Report of the Indian Hemp Drugs Commission, 1894-1895 - Volume VII
Year: 1894
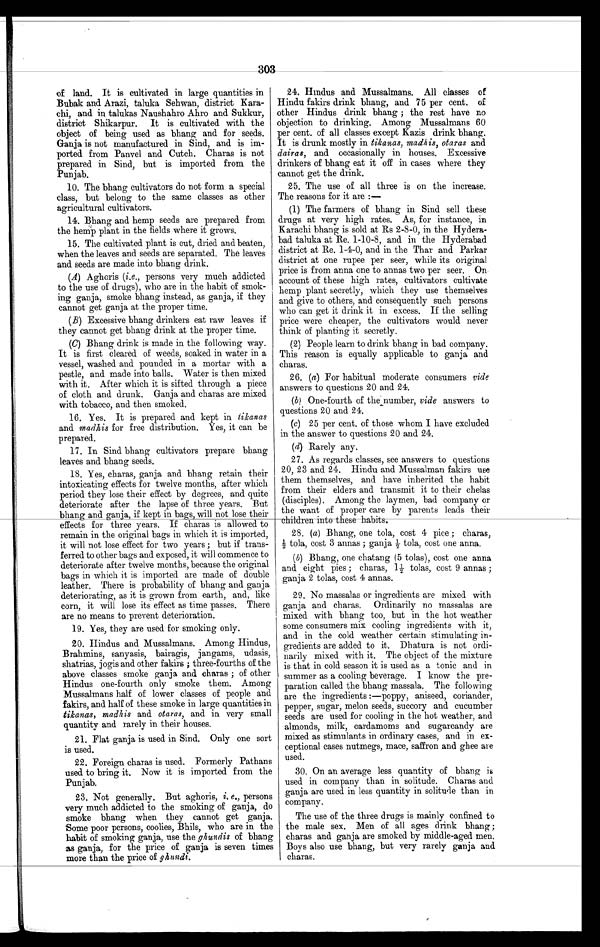
3 0 3
of land. It is cultivated in large quantities in
Bubak and Arazi, taluka Sehwan, district Kara-
chi, and in talukas Naushahro Ahro and Sukkur,
district Shikarpur. It is cultivated with the
object of being used as bhang and for seeds.
Ganja is not manufactured in Sind, and is im-
ported from Panvel and Cutch. Charas is not
prepared in Sind, but is imported from the
Punjab.
10. The bhang cultivators do not form a special
class, but belong to the same classes as other
agricultural cultivators.
14. Bhang and hemp seeds are prepared from
the hemp plant in the fields where it grows.
15. The cultivated plant is cut, dried and beaten,
when the leaves and seeds are separated. The leaves
and seeds are made into bhang drink.
(A) Aghoris (i.e., persons very much addicted
to the use of drugs), who are in the habit of smok-
ing ganja, smoke bhang instead, as ganja, if they
cannot get ganja at the proper time.
(B) Excessive bhang drinkers eat raw leaves if
they cannot get Chang drink at the proper time.
(C) Bhang drink is made in the following way.
It is first cleared of weeds, soaked in water in a
vessel, washed and pounded in a mortar with a
pestle, and made into balls. Water is then mixed
with it. After which it is sifted through a piece
of cloth and drunk. Ganja and charas are mixed
with tobacco, and then smoked.
16. Yes. It is prepared and kept in tikanas
and madhis for free distribution. Yes, it can be
prepared.
17. In Sind bhang cultivators prepare bhang
leaves and Chang seeds,
18. Yes, chaias, ganja and Chang retain their
intoxicating effects for twelve months, after which
period they lose their effect by degrees, and quite
deteriorate after the lapse of three years. But
bhang and ganja, if kept in bags, will not lose their
effects for three years. If charas is allowed to
remain in the original bags in which it is imported,
it will not lose effect for two years ; but if trans-
ferred to other bags and exposed, it will commence to
deteriorate after twelve months, because the original
bags in which it is imported are made of double
leather. There is probability of bhang and ganja
deteriorating, as it is grown from earth, and, like
corn, it will lose its effect as time passes. There
are no means to prevent deterioration.
19. Yes, they are used for smoking only.
20. Hindus and Mussalmans. Among Hindus,
Brahmins, sanyasis, bairagis, jangams, udasis,
shatrias, jogis and other fakirs ; three-fourths of the
above Classes smoke ganja and charas ; of other
Hindus one-fourth only smoke them. Among
Mussalmans half of lower classes of people and
fakirs, and half of these smoke in large quantities in
tikanas, madhis and otaras, and in very small
quantity and rarely in their houses.
21. Flat ganja is used in Sind. Only one sort
is used.
22. Foreign charas is used. Formerly Pathans
used to bring it. Now it is imported from the
Punjab.
23. Not generally. But aghoris, i . e . ,
p e r s o n s
very much addicted to the smoking of ganja, do
smoke bhang when they cannot get ganja.
Some poor persons, coolies, Bhils, who are in the
habit of smoking ganja, use the ghundis of bhang
as ganja, for the price of ganja is seven times
more than the price of ghundi.
24. Hindus and Mussalmans. All classes of
Hindu fakirs drink bhang, and 75 per cent. of
other Hindus drink bhang ; the rest have no
objection to drinking. Among Mussalmans 60
per cent. of all classes except Kazis drink bhang.
It is drunk mostly in tikanas, madhis, otaras and
dairas, and occasionally in houses. Excessive
drinkers of bhang eat it off in cases where they
cannot get the drink.
25. The use of all three is on the increase.
The reasons for it are :-
(1) The farmers of bhang in Sind sell these
drugs at very high rates. As, for instance, in
Karachi bhang is sold at Rs 2-8-0, in the Hydera-
bad taluka at Re. 1-10-8, and in the Hyderabad
district at Re. 1-4-0, and in the Thar and Parkar
district at one rupee per seer, while its original
price is from anna one to annas two per seer. On
account of these high rates, cultivators cultivate
hemp plant secretly, which they use themselves
and give to others, and consequently such persons
who can get it drink it in excess. If the selling
price were cheaper, the cultivators would never
think of planting it secretly.
(2) People learn to drink bhang in bad company.
This reason is equally applicable to ganja and
charas.
26. (a) For habitual moderate consumers vide
answers to questions 20 and 24.
(b One-fourth of the number, vide answers to
questions 20 and 24.
(c) 25 per cent, of those whom I have excluded
in the answer to questions 20 and 24.
(d) Rarely any.
27. As regards classes, see answers to questions
20, 23 and 24. Hindu and Mussalman fakirs use
them themselves, and have inherited the habit
from their elders and transmit it to their chelas
(disciples). Among the laymen, bad company or
the want of proper care by parents leads their
children into these habits.
28. (a) Bhang, one tola, cost 4 pice ; charas,
½ t o l a , c o s t 3 a n n a s ; g a n j a ½ t o l a , c o s t o n e H a n n a .
(b) Bhang, one chatang (5 tolas), cost one anna
and eight pies ; charas, 1 ½ tolas, cost 9 annas ;
ganja 2 tolas, cost 4 annas.
29. No massalas or ingredients are mixed with
ganja and charas. Ordinarily no massalas are
mixed with bhang too, but in the hot weather
some consumers mix cooling ingredients with it,
and in the cold weather certain stimulating in-
gredients are added to it. Dhatura is not ordi-
narily mixed with it. The object of the mixture
is that in cold season it is used as a tonic and in
summer as a cooling beverage. I know the pre-
paration called the bhang massala. The following
are the ingredients :—poppy, aniseed, coriander,
pepper, sugar, melon seeds, succory and cucumber
seeds are used for cooling in the hot weather, and
almonds, milk, cardamoms and sugarcandy are
mixed as stimulants in ordinary cases, and in ex-
ceptional cases nutmegs, mace, saffron and ghee are
used.
30. On an average less quantity of bhang is
used in company than in solitude. Charas and
ganja are used in less quantity in solitude than in
company.
The use of the three drugs is mainly confined to
the male sex. Men of all ages drink bhang ;
charas and ganja are smoked by middle-aged men.
Boys also use bhang, but very rarely ganja and
charas.